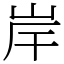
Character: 岸